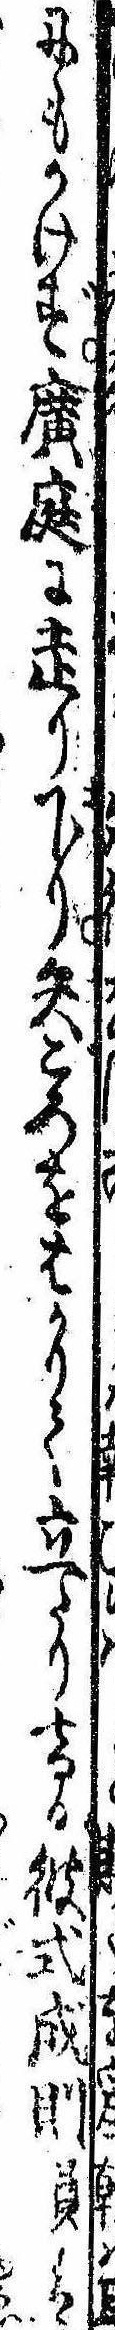
にもかけず広庭に走り下り矢ごろをはかりて立たりける彼式成則員は